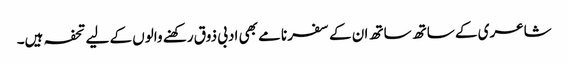
شاعری کے ساتھ ساتھ ان کے سفر نامے بھی ادبی ذوق رکھنے والوں کے لیے تحفہ ہیں۔